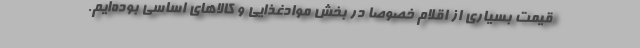
قیمت بسیاری از اقلام خصوصا در بخش موادغذایی و کالاهای اساسی بوده‌ایم.